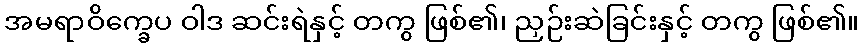
အမရာဝိက္ခေပ ဝါဒ ဆင်းရဲနှင့် တကွ ဖြစ်၏၊ ညှဉ်းဆဲခြင်းနှင့် တကွ ဖြစ်၏။